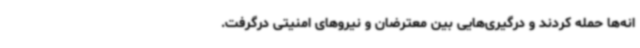
انه‌ها حمله کردند و درگیری‌هایی بین معترضان و نیروهای امنیتی درگرفت.